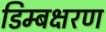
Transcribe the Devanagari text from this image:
डिम्बक्षरण